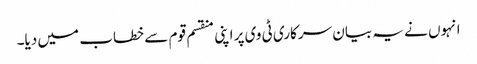
انہوں نے یہ بیان سرکاری ٹی وی پر اپنی منقسم قوم سے خطاب میں دیا۔